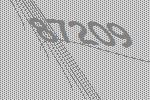
87209